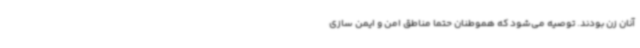
آنان زن بودند. توصیه می‌شود که هموطنان حتما مناطق امن و ایمن سازی